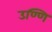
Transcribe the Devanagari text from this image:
उण्णि